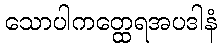
သောပါကတ္ထေရအပဒါနံ